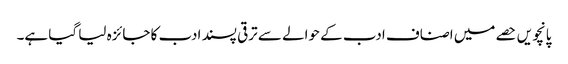
پانچویں حصے میں اصناف ادب کے حوالے سے ترقی پسند ادب کا جائزہ لیا گیا ہے۔